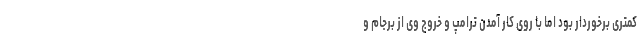
کمتری برخوردار بود اما با روی کار آمدن ترامپ و خروج وی از برجام و